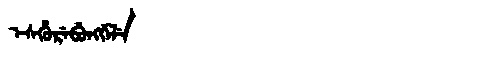
Manchu: ᡝᠰᡥᡠᡵᡝᠪᡠᠩᡤᡝᠯᡝ
Romanization: ESHUREBUNGGELE